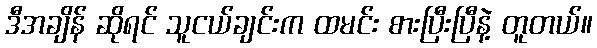
ဒီအချိန် ဆိုရင် သူငယ်ချင်းက ထမင်း စားပြီးပြီနဲ့ တူတယ်။